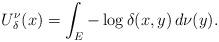
LaTeX: \begin{align*} U^\nu_\delta(x) = \int_E -\log \delta(x,y)\,d\nu(y). \end{align*}